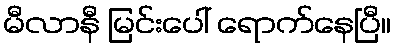
မီလာနီ မြင်းပေါ် ရောက်နေပြီ။